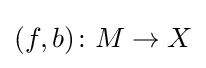
(f,b)\colon M\rightarrow X